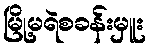
မြို့မရဲစခန်းမှူး